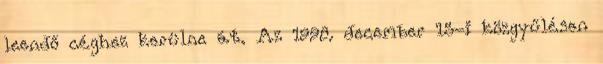
leendő céghez kerülne át. Az 1998. december 15-i közgyűlésen